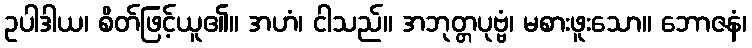
ဥပါဒါယ၊ စိတ်ဖြင့်ယူ၏။ အဟံ၊ ငါသည်။ အဘုတ္တပုဗ္ဗံ၊ မစားဖူးသော။ ဘောဇနံ၊